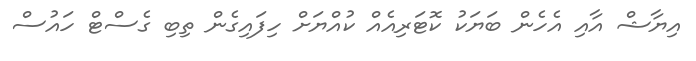
އިޔާޝް އާއި އެހެން ބަޔަކު ކޮޓަރިއެއް ކުއްޔަށް ހިފައިގެން ތިބި ގެސްޓް ހައުސް